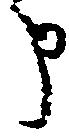
申